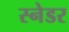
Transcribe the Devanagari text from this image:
स्नेडर